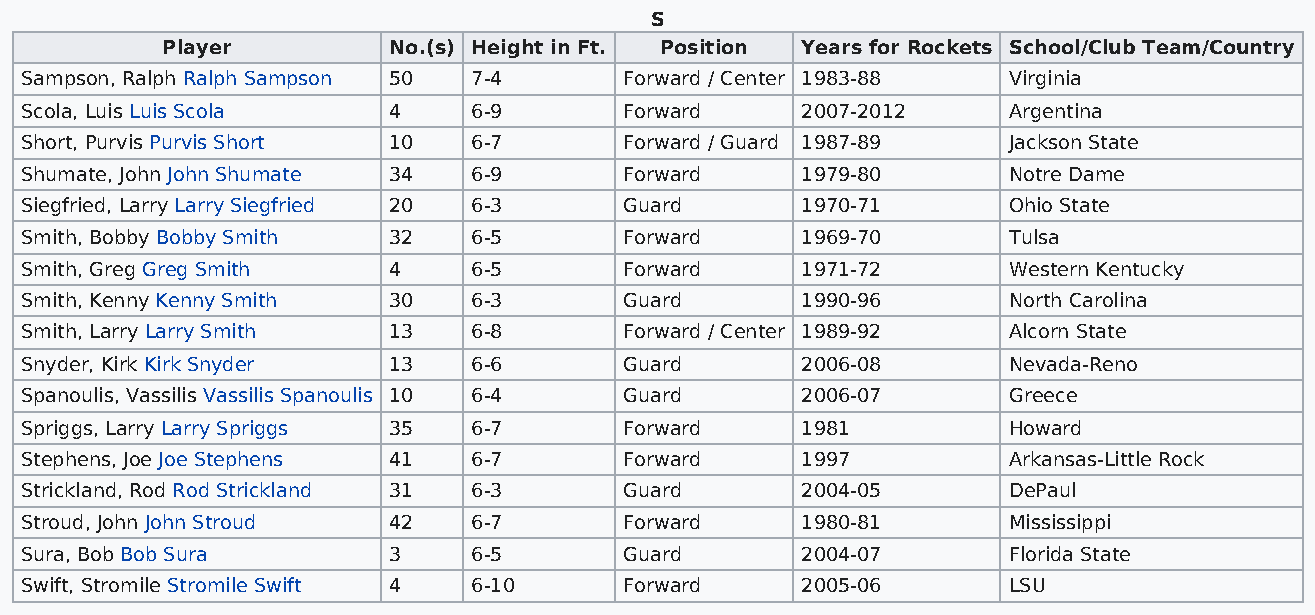
S
 Player         No.(s) Height in Ft. Position Years for Rockets School/Club Team/Country
 Sampson, Ralph Ralph Sampson 50 7-4     Forward / Center 1983-88  Virginia
 Scola, Luis Luis Scola   4    6-9       Forward     2007-2012     Argentina
 Short, Purvis Purvis Short 10 6-7       Forward / Guard 1987-89   Jackson State
 Shumate, John John Shumate 34 6-9       Forward     1979-80       Notre Dame
 Siegfried, Larry Larry Siegfried 20 6-3 Guard       1970-71       Ohio State
 Smith, Bobby Bobby Smith 32   6-5       Forward     1969-70       Tulsa
 Smith, Greg Greg Smith   4    6-5       Forward     1971-72       Western Kentucky
 Smith, Kenny Kenny Smith 30   6-3       Guard       1990-96       North Carolina
 Smith, Larry Larry Smith 13   6-8       Forward / Center 1989-92  Alcorn State
 Snyder, Kirk Kirk Snyder 13   6-6       Guard       2006-08       Nevada-Reno
 Spanoulis, Vassilis Vassilis Spanoulis 10 6-4 Guard 2006-07       Greece
 Spriggs, Larry Larry Spriggs 35 6-7     Forward     1981          Howard
 Stephens, Joe Joe Stephens 41 6-7       Forward     1997          Arkansas-Little Rock
 Strickland, Rod Rod Strickland 31 6-3   Guard       2004-05       DePaul
 Stroud, John John Stroud 42   6-7       Forward     1980-81       Mississippi
 Sura, Bob Bob Sura       3    6-5       Guard       2004-07       Florida State
 Swift, Stromile Stromile Swift 4 6-10   Forward     2005-06       LSU